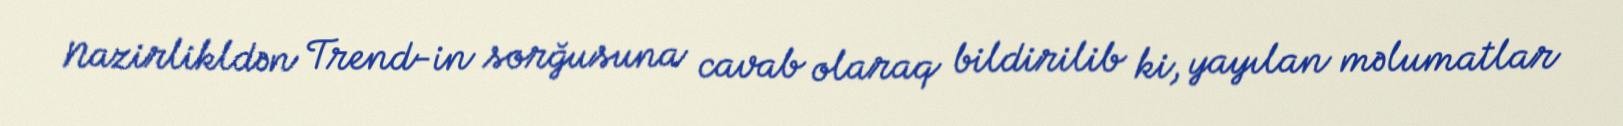
Nazirlikldən Trend-in sorğusuna cavab olaraq bildirilib ki, yayılan məlumatlar